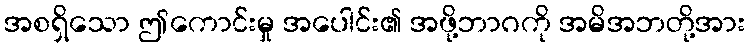
အစရှိသော ဤကောင်းမှု အပေါင်း၏ အဖို့ဘာဂကို အမိအဘတို့အား